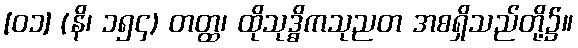
[၀၁] (နိ၊ ၁၅၄) တတ္ထ၊ ထိုသုဒ္ဓိကသုညတ အစရှိသည်တို့၌။